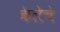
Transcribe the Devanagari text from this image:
केलेचे